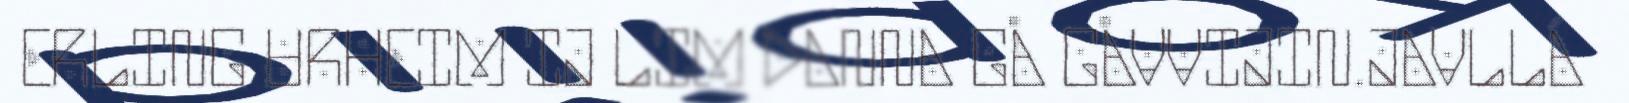
ERLING URHEIM IJ LIM DANNA GÅ GÅVVIJIN.JAVLLÁ